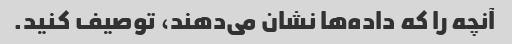
آنچه را که داده‌ها نشان می‌دهند، توصیف کنید.